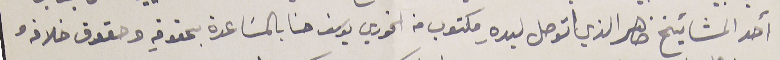
أحد المشائيخ ضاهر الذي اتوصل ليده مكتوب من الخوري يوسف حنا بالمسَاعدة بحقوقه وحقوق خلافهُ